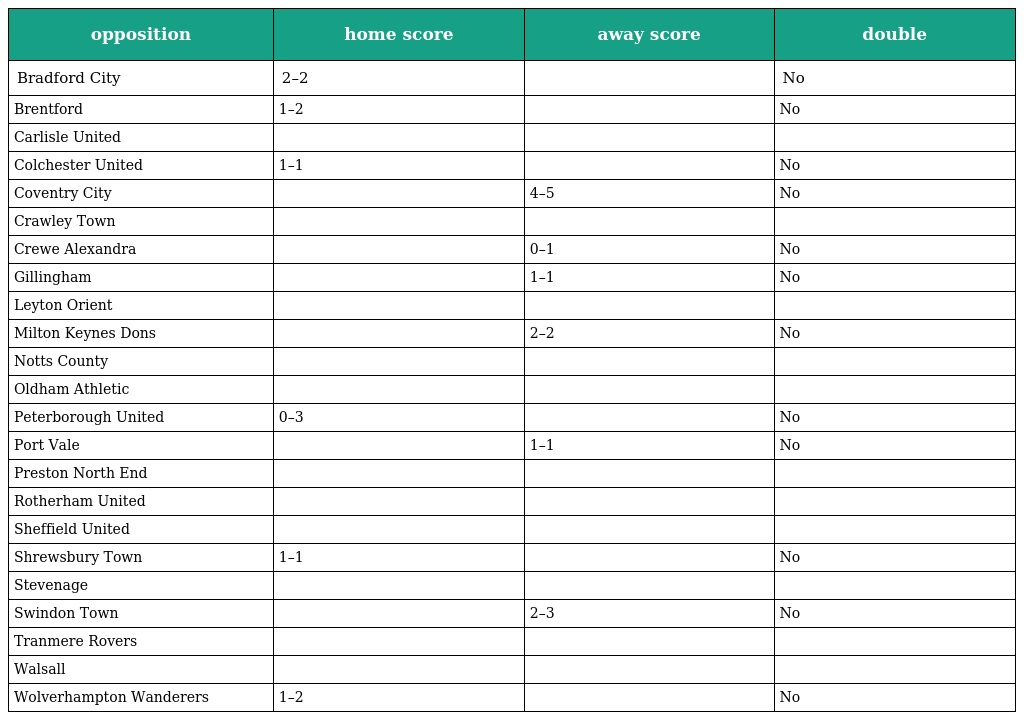
| opposition | home score | away score | double |
 | --- | --- | --- | --- |
 | Bradford City | 2–2 |  | No |
 | Brentford | 1–2 |  | No |
 | Carlisle United |  |  |  |
 | Colchester United | 1–1 |  | No |
 | Coventry City |  | 4–5 | No |
 | Crawley Town |  |  |  |
 | Crewe Alexandra |  | 0–1 | No |
 | Gillingham |  | 1–1 | No |
 | Leyton Orient |  |  |  |
 | Milton Keynes Dons |  | 2–2 | No |
 | Notts County |  |  |  |
 | Oldham Athletic |  |  |  |
 | Peterborough United | 0–3 |  | No |
 | Port Vale |  | 1–1 | No |
 | Preston North End |  |  |  |
 | Rotherham United |  |  |  |
 | Sheffield United |  |  |  |
 | Shrewsbury Town | 1–1 |  | No |
 | Stevenage |  |  |  |
 | Swindon Town |  | 2–3 | No |
 | Tranmere Rovers |  |  |  |
 | Walsall |  |  |  |
 | Wolverhampton Wanderers | 1–2 |  | No |